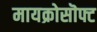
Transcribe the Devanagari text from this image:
मायक्रोसॊफ्ट